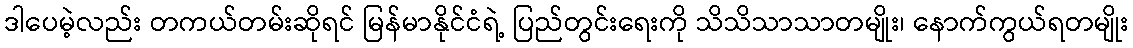
ဒါပေမဲ့လည်း တကယ်တမ်းဆိုရင် မြန်မာနိုင်ငံရဲ့ ပြည်တွင်းရေးကို သိသိသာသာတမျိုး၊ နောက်ကွယ်ရတမျိုး